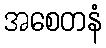
အစေတနံ